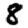
Digit: 8